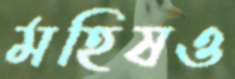
মহিষও